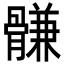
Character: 䯡